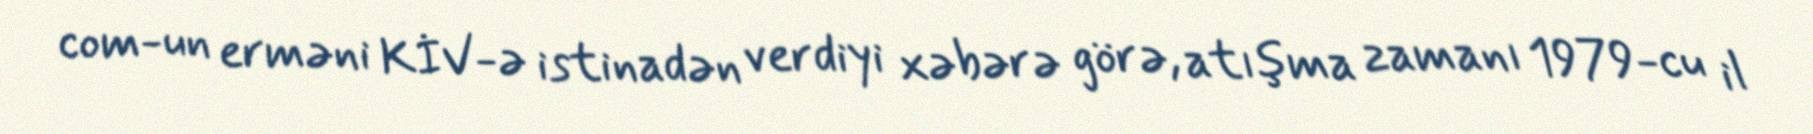
com-un erməni KİV-ə istinadən verdiyi xəbərə görə, atışma zamanı 1979-cu il